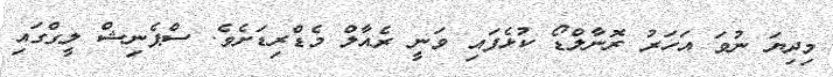
މިދިޔަ ނުވަ އަހަރު ރޮނާލްޑޯ ކުޅެފައި ވަނީ ރެއާލް މެޑްރިޑަށެވެ. ސްޕެނިޝް ލީގްގައި